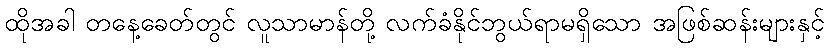
ထိုအခါ တနေ့ခေတ်တွင် လူသာမာန်တို့ လက်ခံနိုင်ဘွယ်ရာမရှိသော အဖြစ်ဆန်းများနှင့်